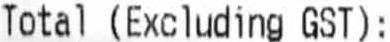
TOTAL (EXCLUDING GST):